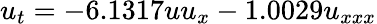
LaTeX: u_{t}=-6.1317uu_{x}-1.0029u_{xxx}